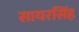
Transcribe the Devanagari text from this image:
सायरसिंह